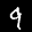
Label: 9